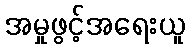
အမှုဖွင့်အရေးယူ